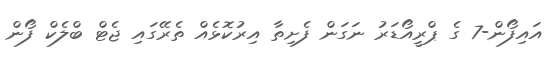
އައިފޯން-7 ގެ ޕްރީއޯޑަރު ނަގަން ފެށިތާ އިރުކޮޅެއް ތެރޭގައި ޖެޓް ބްލެކް ފޯން